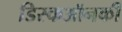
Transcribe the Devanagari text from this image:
डिस्कऑनकी